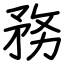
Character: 務